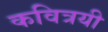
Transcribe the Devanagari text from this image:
कवित्रयी